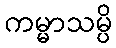
ကမ္မာသမ္ပိ